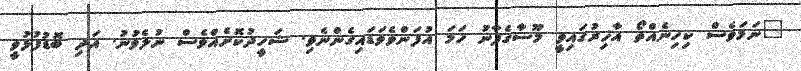
"ނަމަވެސް ކިހިނެއްތޯ އާޚިރުގައިވީ މޫސާގެފާނު ހަމަ އުފަންވެވަޑައިގެންނެވި. ޝަހީދުކޮށެއްވެސް ނުލެވުނު. އަދި ބޮޑުފުޅުވީ